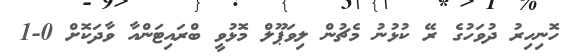
ހޮނިހިރު ދުވަހުގެ ރޭ ކުޅުނު މެޗުން ލިވަޕޫލް މޮޅުވީ ބްރައިޓަންއާ ވާދަކޮށް 0-1